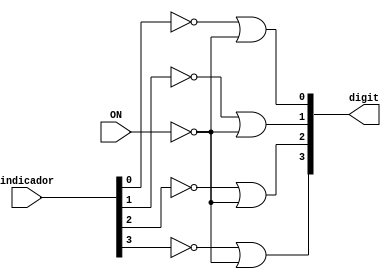
/*
Mdulo para decidir de quem  cada vez de ascender no display.
Inverte as sadas do escalonador, pois os digitos so acionados com 0.
Se ON for 0, todos os digitos ficam desligados (ALTO)
	
*/
module Turn_On_Digit(digit, indicador, ON);
	input [3:0] indicador;
	input ON;
	output [3:0] digit;
	
  	// Se ON for 0, todos digitos ficam em nivel ALTO (Apagados)
  	assign digit[0] = ~indicador[0] | ~ON;
  	assign digit[1] = ~indicador[1] | ~ON;
  	assign digit[2] = ~indicador[2] | ~ON;
  	assign digit[3] = ~indicador[3] | ~ON;
	
  
endmodule